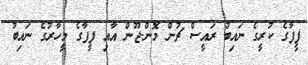
ފީފާގެ ކުރީގެ ނައިބު ރައީސް ޗުން މޮން-ޖޫން އާއި ފީފާގެ މީހާރުގެ ނައިބު